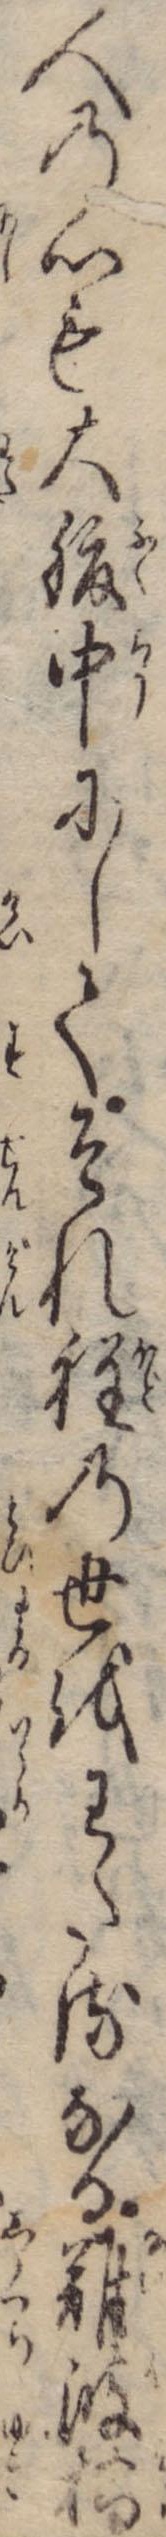
人の心も大腹中にしてそれ程の世をわたるなる難波橋